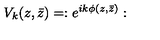
V _ { k } ( z , \bar { z } ) = : e ^ { i k \phi ( z , \bar { z } ) } :